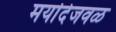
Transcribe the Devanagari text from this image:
मर्यादेजवळ